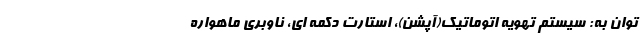
توان به: سیستم تهویه اتوماتیک(آپشن)، استارت دکمه ای، ناوبری ماهواره